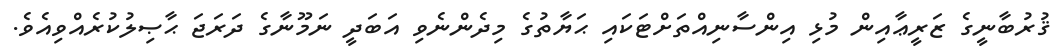
ޤުރުބާނީގެ ޒަރީޢާއިން މުޅި އިންސާނިއްތަށްޓަކައި ޙަޔާތުގެ މިދެންނެވި އަބަދީ ނަމޫނާގެ ދަރަޖަ ޙާޞިލުކުރެއްވިއެވެ.